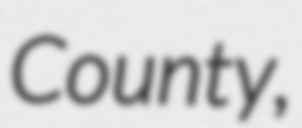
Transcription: County,